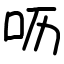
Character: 呖